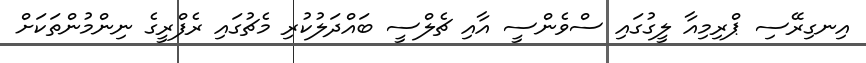
އިނގިރޭސި ޕްރިމިއާ ލީގުގައި ސްވެންސީ އާއި ޗެލްސީ ބައްދަލުކުރި މެޗުގައި ރެފްރީގެ ނިންމުންތަކަށް